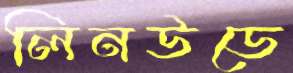
লিনউডে